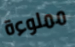
مملوءة